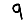
Digit: 9